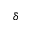
\bar { \delta }